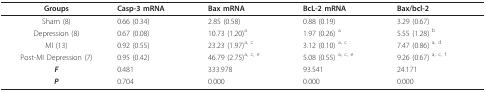
| Groups | Casp-3 mRNA | Bax mRNA | BcL-2 mRNA | Bax/bcl-2 |
 | --- | --- | --- | --- | --- |
 | Sham (8) | 0.66 (0.34) | 2.85 (0.58) | 0.88 (0.19) | 3.29 (0.67) |
 | Depression (8) | 0.67 (0.08) | 10.73 (1.20)a | 1.97 (0.26) a | 5.55 (1.28) b |
 | MI (13) | 0.92 (0.55) | 23.23 (1.97)a, c | 3.12 (0.10) a, c | 7.47 (0.86) a, d |
 | Post-MI Depression (7) | 0.95 (0.42) | 46.79 (2.75)a, c, e | 5.08 (0.55) a, c, e | 9.26 (0.67) a, c, f |
 | F | 0.481 | 333.978 | 93.541 | 24.171 |
 | P | 0.704 | 0.000 | 0.000 | 0.000 |